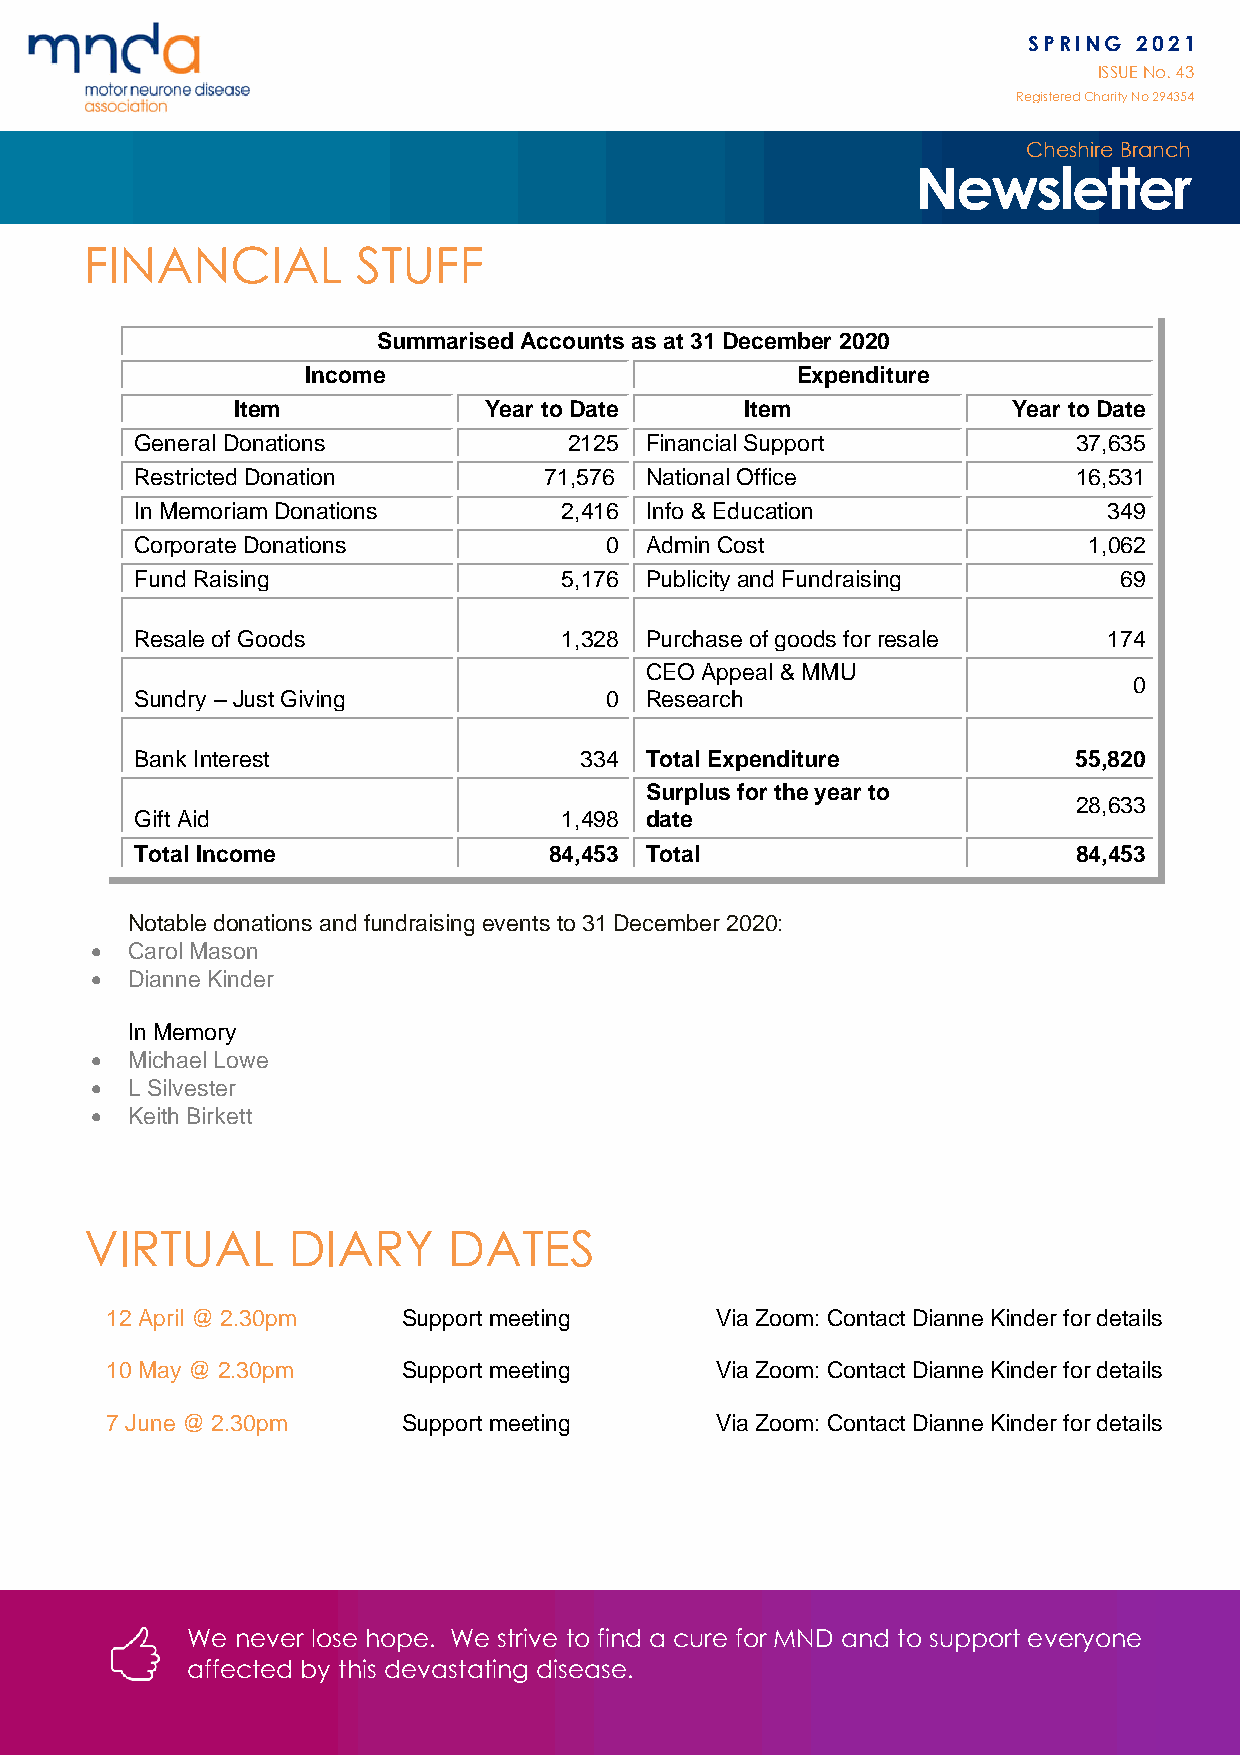
SPRING 2021
 ISSUE No. 43
 Registered Charity No 294 354
 Cheshire Branch
 Newsletter
 FINANCIAL         STUFF
 Summarised Accounts as at 31 December 2020
 Income                           Expenditure
 Item             Year to Date     Item              Year to Date
 General Donations            2125 Financial Support           37,635
 Restricted Donation        71,576 National Office             16,531
 In Memoriam Donations       2,416 Info & Education              349
 Corporate Donations            0  Admin Cost                   1,062
 Fund Raising                5,176 Publicity and Fundraising      69
 Resale of Goods             1,328 Purchase of goods for resale  174
 CEO Appeal & MMU
 0
 Sundry – Just Giving           0  Research
 Bank Interest                334  Total Expenditure           55,820
 Surplus for the year to
 28,633
 Gift Aid                    1,498 date
 Total Income               84,453 Total                       84,453
 Notable donations and fundraising events to 31 December 2020:
 • Carol Mason
 • Dianne Kinder
 In Memory
 • Michael Lowe
 • L Silvester
 • Keith Birkett
 VIRTUAL      DIARY      DATES
 12 April @ 2.30pm   Support meeting     Via Zoom: Contact Dianne Kinder for details
 10 May @ 2.30pm     Support meeting     Via Zoom: Contact Dianne Kinder for details
 7 June @ 2.30pm     Support meeting     Via Zoom: Contact Dianne Kinder for details
 We  never lose hope. We strive to find a cure for MND and to support everyone
 affected by this devastating disease.